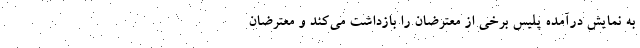
به نمایش درآمده پلیس برخی از معترضان را بازداشت می‌کند و معترضان